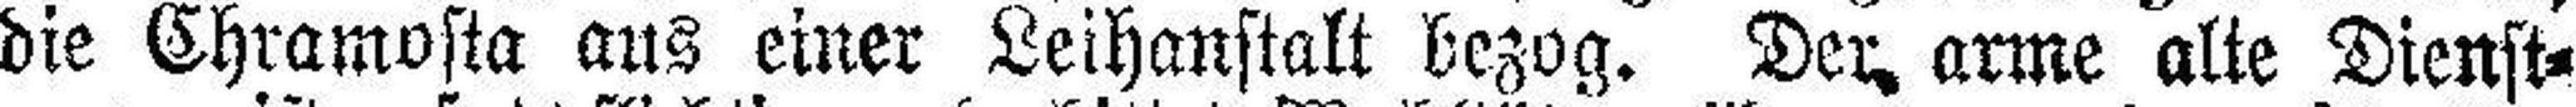
die Chramosta aus einer Leihanstalt bezog. Der arme alte Dienst¬